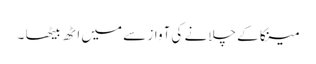
مینکا کے چلانے کی آواز سے میں اٹھ بیٹھا ۔